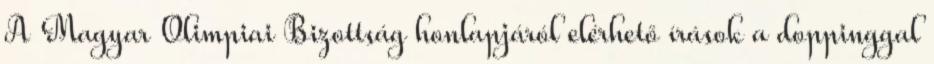
A Magyar Olimpiai Bizottság honlapjáról elérhető írások a doppinggal